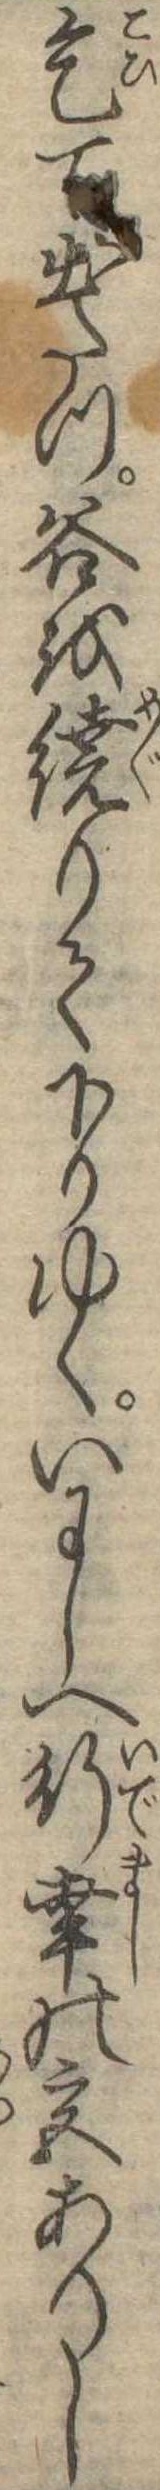
乞て出たつ谷を繞りて下りゆくいにしへ行幸の宮ありし